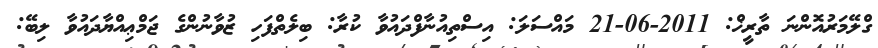
ގްލޭމަރުއޮންނަ ތާރީޚް: 2011-06-21 މައްސަލަ: އިސްތިއުނާފްދައުވާ ކުރާ: ބިލެތްފަހި ޒުވާނުންގެ ޖަމްޢިއްޔާދައުވާ ލިބޭ: